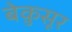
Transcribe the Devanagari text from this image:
बेक़ुसूर